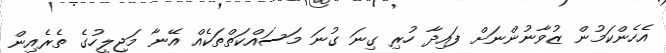
އެހެންކަމުން ޒުވާނުންނަށް ފައިދާ ހުރި ގިނަ ގުނަ މަސައްކަތްތަކެއް އޭނާ މަޖިލީހުގެ ތެރެއިން